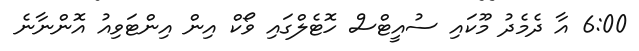
6:00 އާ ދެމެދު މޫކައި ސުއީޓްސް ހޮޓެލްގައި ވޯކް އިން އިންޓަވިއު އޮންނާނެ